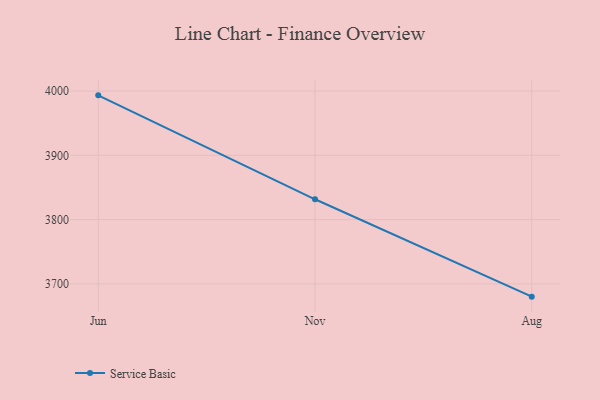
{"axis": {"x": "Month", "y": "Tickets Resolved"}, "legend": ["Service Basic"], "data": [{"x": "Jun", "y": 3993.3, "type": "Service Basic"}, {"x": "Nov", "y": 3831.6, "type": "Service Basic"}, {"x": "Aug", "y": 3680.1, "type": "Service Basic"}]}